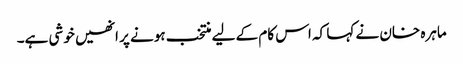
ماہرہ خان نے کہا کہ اس کام کے لیے منتخب ہونے پر انھیں خوشی ہے۔